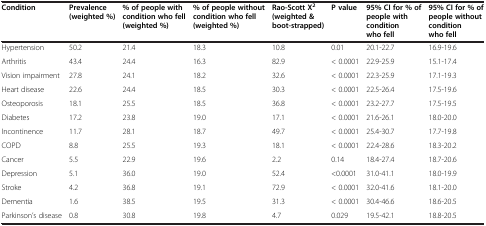
<table><thead><tr><td><b>Condition</b></td><td><b>Prevalence (weighted %)</b></td><td><b>% of people with condition who fell (weighted %)</b></td><td><b>% of people without condition who fell (weighted %)</b></td><td><b>Rao-Scott X<sup>2 </sup>(weighted &amp; boot-strapped)</b></td><td><b>P value</b></td><td><b>95% CI for % of people with condition who fell</b></td><td><b>95% CI for % of people without condition who fell</b></td></tr></thead><tbody><tr><td>Hypertension</td><td>50.2</td><td>21.4</td><td>18.3</td><td>10.8</td><td>0.01</td><td>20.1-22.7</td><td>16.9-19.6</td></tr><tr><td>Arthritis</td><td>43.4</td><td>24.4</td><td>16.3</td><td>82.9</td><td>&lt; 0.0001</td><td>22.9-25.9</td><td>15.1-17.4</td></tr><tr><td>Vision impairment</td><td>27.8</td><td>24.1</td><td>18.2</td><td>32.6</td><td>&lt; 0.0001</td><td>22.3-25.9</td><td>17.1-19.3</td></tr><tr><td>Heart disease</td><td>22.6</td><td>24.4</td><td>18.5</td><td>30.3</td><td>&lt; 0.0001</td><td>22.5-26.4</td><td>17.5-19.6</td></tr><tr><td>Osteoporosis</td><td>18.1</td><td>25.5</td><td>18.5</td><td>36.8</td><td>&lt; 0.0001</td><td>23.2-27.7</td><td>17.5-19.5</td></tr><tr><td>Diabetes</td><td>17.2</td><td>23.8</td><td>19.0</td><td>17.1</td><td>&lt; 0.0001</td><td>21.6-26.1</td><td>18.0-20.0</td></tr><tr><td>Incontinence</td><td>11.7</td><td>28.1</td><td>18.7</td><td>49.7</td><td>&lt; 0.0001</td><td>25.4-30.7</td><td>17.7-19.8</td></tr><tr><td>COPD</td><td>8.8</td><td>25.5</td><td>19.3</td><td>18.1</td><td>&lt; 0.0001</td><td>22.4-28.6</td><td>18.3-20.2</td></tr><tr><td>Cancer</td><td>5.5</td><td>22.9</td><td>19.6</td><td>2.2</td><td>0.14</td><td>18.4-27.4</td><td>18.7-20.6</td></tr><tr><td>Depression</td><td>5.1</td><td>36.0</td><td>19.0</td><td>52.4</td><td>&lt;0.0001</td><td>31.0-41.1</td><td>18.0-19.9</td></tr><tr><td>Stroke</td><td>4.2</td><td>36.8</td><td>19.1</td><td>72.9</td><td>&lt; 0.0001</td><td>32.0-41.6</td><td>18.1-20.0</td></tr><tr><td>Dementia</td><td>1.6</td><td>38.5</td><td>19.5</td><td>31.3</td><td>&lt; 0.0001</td><td>30.4-46.6</td><td>18.6-20.5</td></tr><tr><td>Parkinson’s disease</td><td>0.8</td><td>30.8</td><td>19.8</td><td>4.7</td><td>0.029</td><td>19.5-42.1</td><td>18.8-20.5</td></tr></tbody></table>